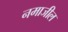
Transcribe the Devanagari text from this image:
नमाजील